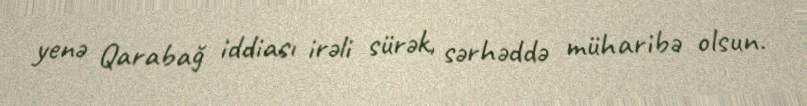
yenə Qarabağ iddiası irəli sürək, sərhəddə müharibə olsun.